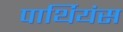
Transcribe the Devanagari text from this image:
पार्थियंस